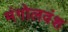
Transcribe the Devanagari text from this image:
मंगोलवंश